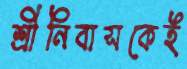
শ্রীনিবাসকেই